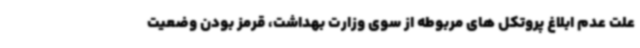
علت عدم ابلاغ پروتکل های مربوطه از سوی وزارت بهداشت، قرمز بودن وضعیت